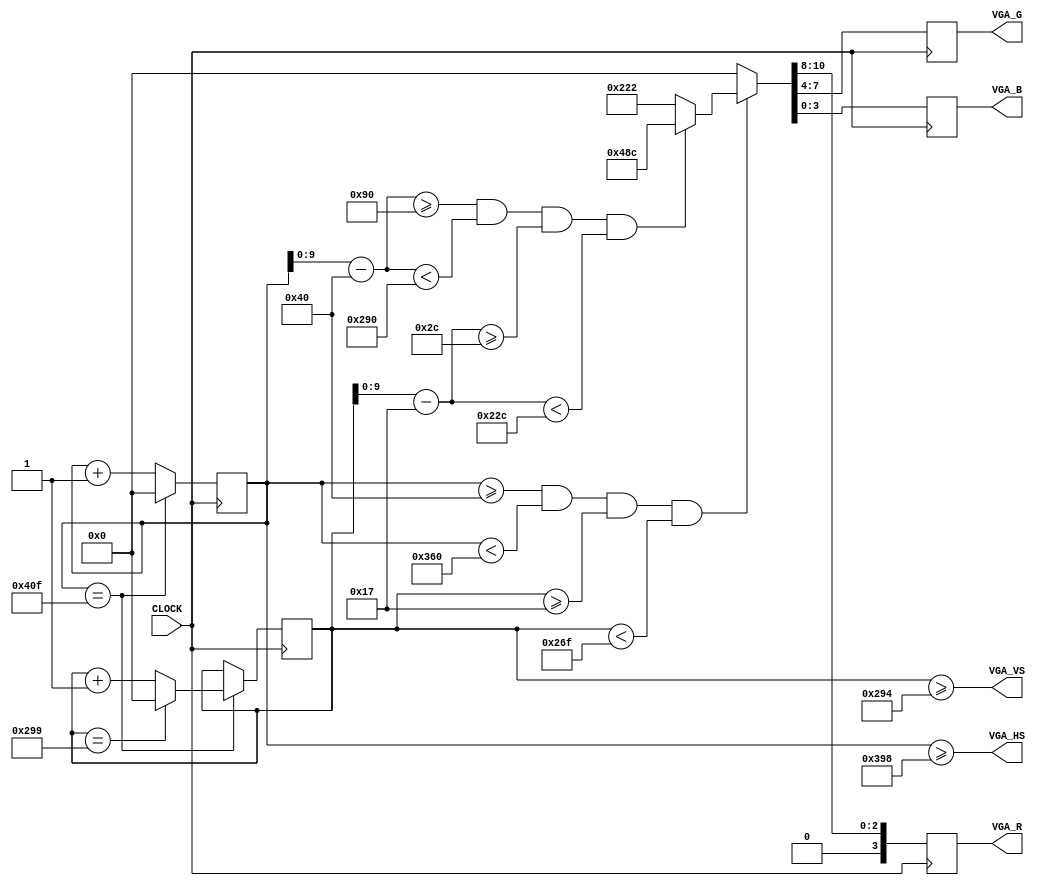
module vga
(
    // Опорная частота
    input   wire        CLOCK,

    // Выходные данные
    output  reg  [3:0]  VGA_R,      // 4 бит на красный
    output  reg  [3:0]  VGA_G,      // 4 бит на зеленый
    output  reg  [3:0]  VGA_B,      // 4 бит на синий
    output  wire        VGA_HS,     // горизонтальная развертка
    output  wire        VGA_VS      // вертикальная развертка
);

// ---------------------------------------------------------------------

// Тайминги для горизонтальной развертки (800)
parameter hz_visible = 800;
parameter hz_front   = 56;
parameter hz_sync    = 120;
parameter hz_back    = 64;
parameter hz_whole   = 1040;

// Тайминги для вертикальной развертки (600)
parameter vt_visible  = 600;
parameter vt_front    = 37;
parameter vt_sync     = 6;
parameter vt_back     = 23;
parameter vt_whole    = 666;

// ---------------------------------------------------------------------
assign VGA_HS = x >= (hz_back + hz_visible + hz_front); // POS.
assign VGA_VS = y >= (vt_back + vt_visible + vt_front); // POS.
// ---------------------------------------------------------------------

wire        xmax = (x == hz_whole - 1);
wire        ymax = (y == vt_whole - 1);
reg  [10:0] x    = 0;
reg  [10:0] y    = 0;
wire [9:0]  X    = x - hz_back; // X=[0..799]
wire [9:0]  Y    = y - vt_back; // Y=[0..599]

always @(posedge CLOCK) begin

    // Кадровая развертка
    x <= xmax ?         0 : x + 1;
    y <= xmax ? (ymax ? 0 : y + 1) : y;

    // Вывод окна видеоадаптера
    if (x >= hz_back && x < hz_visible + hz_back &&
        y >= vt_back && y < vt_visible + vt_back)
    begin
         {VGA_R, VGA_G, VGA_B} <= X >= 144 && X < 656 && Y >= 44 && Y < 556 ? 12'h48C : 12'h222;
    end
    else {VGA_R, VGA_G, VGA_B} <= 12'b0;

end

endmodule